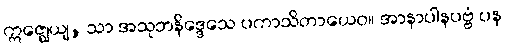
ဣဇ္ဈေယျ, သာ အသုဘနိဒ္ဒေသေ ပကာသိတာယေဝ။ အာနာပါနပဗ္ဗံ ပန